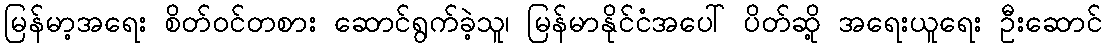
မြန်မာ့အရေး စိတ်ဝင်တစား ဆောင်ရွက်ခဲ့သူ၊ မြန်မာနိုင်ငံအပေါ် ပိတ်ဆို့ အရေးယူရေး ဦးဆောင်